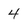
Character: 4